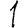
Digit: 1